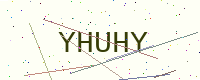
Text: YHUHY